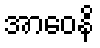
အာဝေနိ